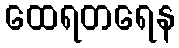
ထေရတရေန